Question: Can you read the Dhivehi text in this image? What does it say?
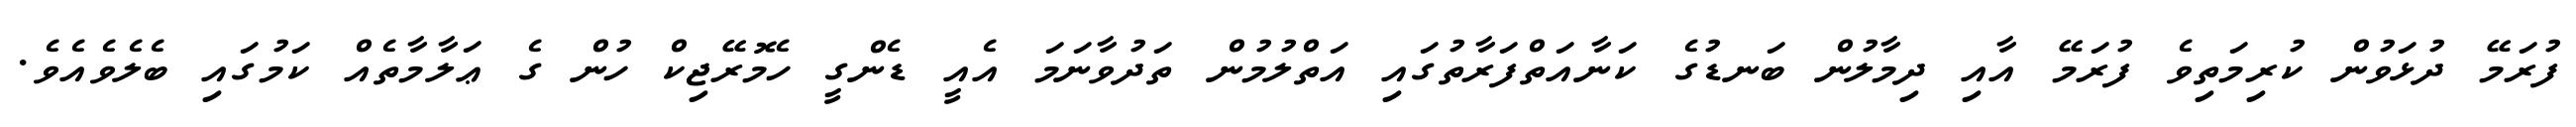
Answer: ފުރަމޭ ދުޅަވުން ކުރިމަތިވެ ފުރަމޭ އާއި ދިމާލުން ބަނޑުގެ ކަނާއަތްފަރާތުގައި އަތްލުމުން ތަދުވާނަމަ އެއީ ޑެންގީ ހެމޮރޭޖިކް ހުން ގެ ޢަލާމާތެއް ކަމުގައި ބެލެވެއެވެ.